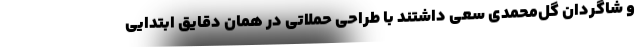
و شاگردان گل‌محمدی سعی داشتند با طراحی حملاتی در همان دقایق ابتدایی